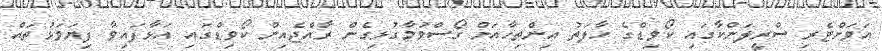
އަވަށްޓެރި ސްރީލަންކާގައި ކޯވިޑްގެ ހާލަތު އިންތިހާއަށް ގޯސްވުމާގުޅިގެން ރާއްޖެއިން ކޯވިޑްގައި އަޅާފައިވާ ފިޔަވަޅުތައް